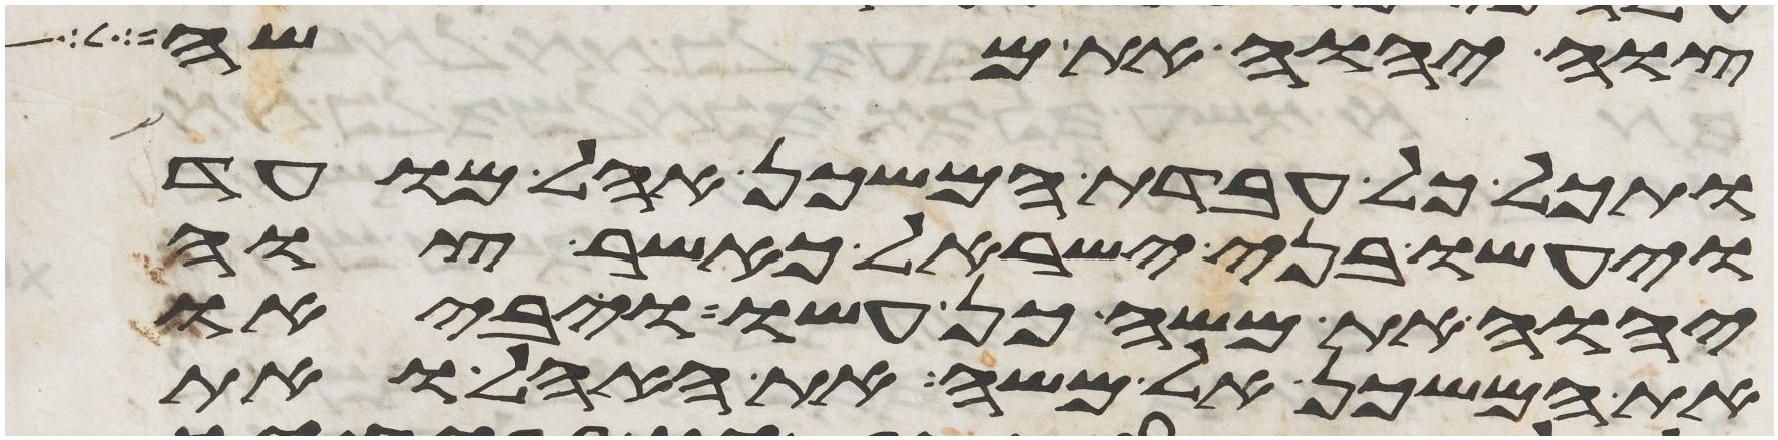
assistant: צוה יהוה את משה
ותכל כל עבדת המשכן אהל מועד
ויעשו בני ישראל כאשר צוה
יהוה את משה כן עשו ויביאו
את המשכן אל משה את האהל ואת